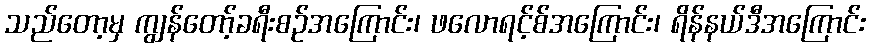
သည်တော့မှ ကျွန်တော့်ခရီးစဉ်အကြောင်း၊ ဖလောရင့်စ်အကြောင်း၊ ရိန်နယ်ဒီအကြောင်း